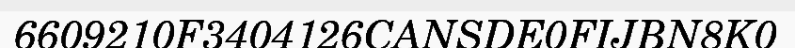
6609210F3404126CANSDE0FIJBN8K0